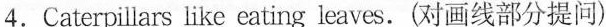
4.Caterpillars like \underline{eating leaves}.(对画线部分提问)